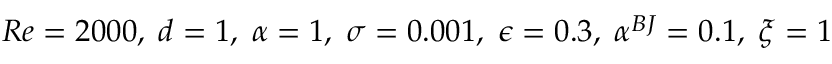
R e = 2 0 0 0 , \; d = 1 , \; \alpha = 1 , \; \sigma = 0 . 0 0 1 , \; \epsilon = 0 . 3 , \; \alpha ^ { B J } = 0 . 1 , \; \xi = 1